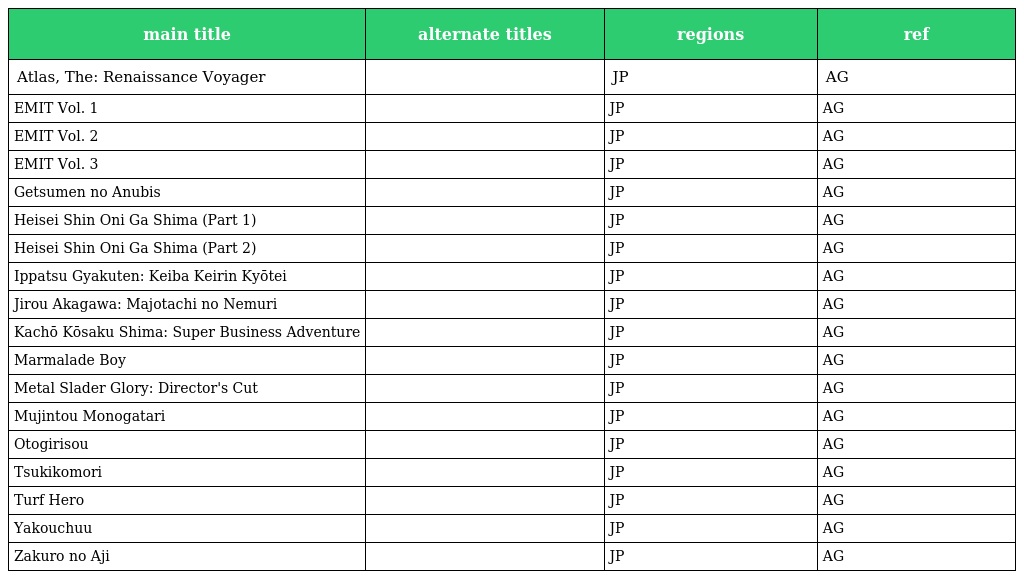
| main title | alternate titles | regions | ref |
 | --- | --- | --- | --- |
 | Atlas, The: Renaissance Voyager |  | JP | AG |
 | EMIT Vol. 1 |  | JP | AG |
 | EMIT Vol. 2 |  | JP | AG |
 | EMIT Vol. 3 |  | JP | AG |
 | Getsumen no Anubis |  | JP | AG |
 | Heisei Shin Oni Ga Shima (Part 1) |  | JP | AG |
 | Heisei Shin Oni Ga Shima (Part 2) |  | JP | AG |
 | Ippatsu Gyakuten: Keiba Keirin Kyōtei |  | JP | AG |
 | Jirou Akagawa: Majotachi no Nemuri |  | JP | AG |
 | Kachō Kōsaku Shima: Super Business Adventure |  | JP | AG |
 | Marmalade Boy |  | JP | AG |
 | Metal Slader Glory: Director's Cut |  | JP | AG |
 | Mujintou Monogatari |  | JP | AG |
 | Otogirisou |  | JP | AG |
 | Tsukikomori |  | JP | AG |
 | Turf Hero |  | JP | AG |
 | Yakouchuu |  | JP | AG |
 | Zakuro no Aji |  | JP | AG |